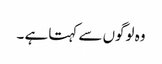
وہ لوگوں سے کہتا ہے ۔